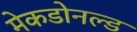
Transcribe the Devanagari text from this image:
मेकडोनल्ड